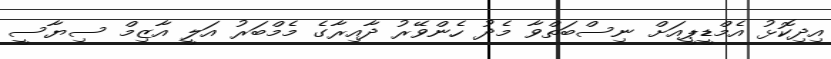
އިދިކޮޅު އެމްޑީޕީއަށް ނިސްބަތްވާ މެދު ހެންވޭރު ދާއިރާގެ މެމްބަރު އަލީ އާޒިމް ސިޔާސީ